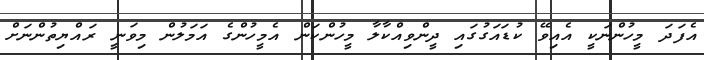
އެފަދަ މީހުންނަކީ އެއިވޭ ކުޑައަގުގައި ދީންވިއްކާލާ މީހުންކަން އެމީހުންގެ އަމަލުން މިވަނީ ރައްޔިތުންނަށް